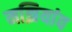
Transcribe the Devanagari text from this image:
मझियांव